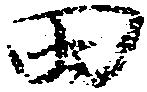
田